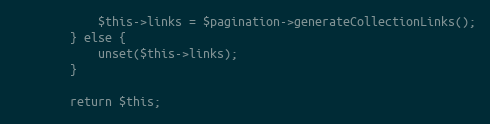
Language: PHP
            $this->links = $pagination->generateCollectionLinks();
        } else {
            unset($this->links);
        }

        return $this;